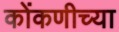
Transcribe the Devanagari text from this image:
कोंकणीच्या